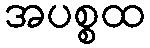
အပစ္စထ